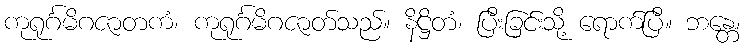
ကုရုင်္ဂမိဂဇာတကံ၊ ကုရုင်္ဂမိဂဇာတ်သည်။ နိဋ္ဌိတံ၊ ပြီးခြင်းသို့ ရောက်ပြီ။ ဘန္တေ၊